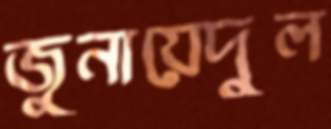
জুনায়েদুল